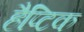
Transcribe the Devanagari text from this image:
हैप्टिक